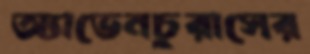
অ্যাভেনচুরাসের